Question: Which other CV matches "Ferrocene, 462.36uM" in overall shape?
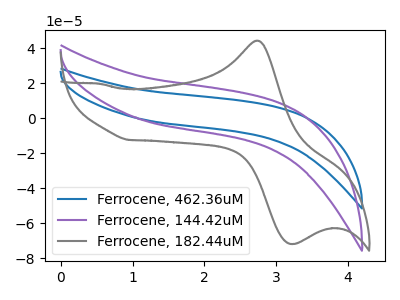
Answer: <think>The blue curve "Ferrocene, 462.36uM" has no peaks. The purple curve "Ferrocene, 144.42uM" has no peaks. The gray curve "Ferrocene, 182.44uM" has an anodic peak at (2.75V, 44.30uA) and a cathodic peak at (3.25V, -71.90uA).
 Neither "Ferrocene, 462.36uM" or "Ferrocene, 144.42uM" have any peaks. "Ferrocene, 462.36uM" and "Ferrocene, 182.44uM" have a different number of peaks. "Ferrocene, 144.42uM" and "Ferrocene, 182.44uM" have a different number of peaks.</think>
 <answer>The CV with the most similar shape to "Ferrocene, 144.42uM" is "Ferrocene, 462.36uM".</answer>
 <eval>"Ferrocene, 462.36uM"</eval>